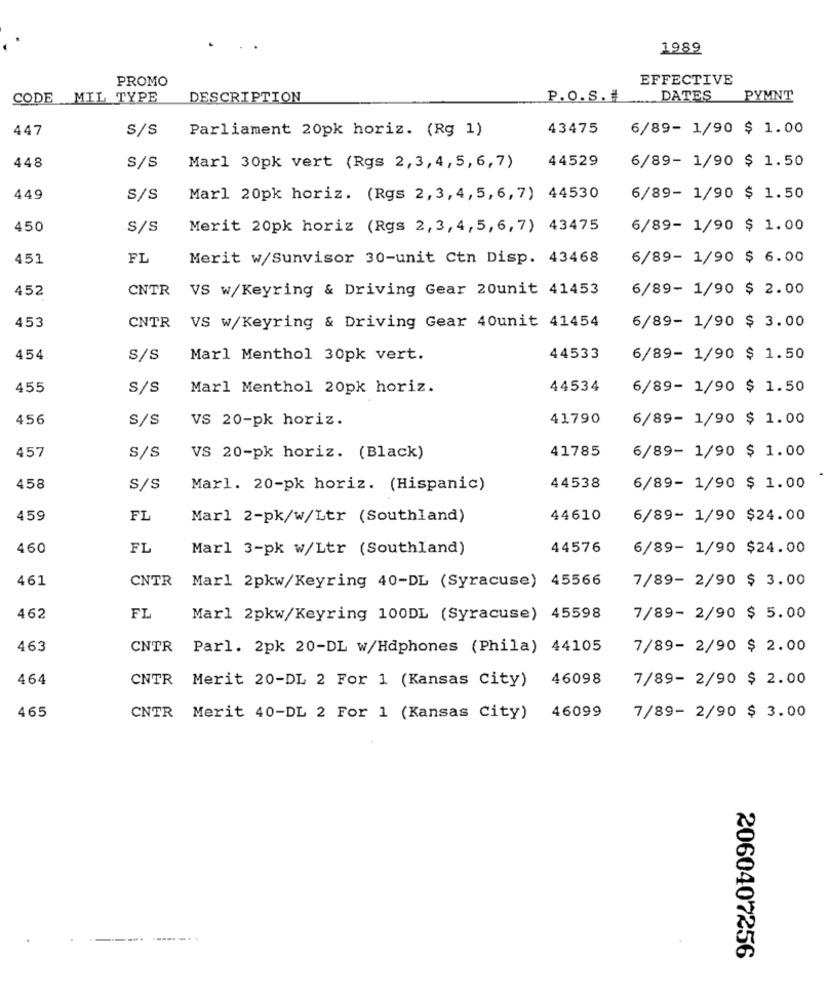
1989
PROMO
EFFECTIVE
CODE MIL TYPE
DESCRIPTION
P.O.s.#
DATES
PYMNT
447
S/S
Parliament 20pk horiz. (Rg 1)
43475
6/89- 1/90 $ 1.00
448
S/s
44529
6/89- 1/90 $ 1.50
Marl 30pk vert (Rgs 2,3,4, 5,6,7)
449
S/S
Marl 20pk horiz. (Rgs 2,3,4,5,6,7) 44530
6/89- 1/90 $ 1.50
450
S/s
Merit 20pk horiz (Rgs 2,3, 4, 5,6,7) 43475
6/89- 1/90 $ 1.00
451
FL
Merit w/Sunvisor 30-unit Ctn Disp. 43468
6/89- 1/90 $ 6.00
452
CNTR
VS w/Keyring & Driving Gear 20unit 41453
6/89- 1/90 $ 2.00
453
CNTR VS w/Keyring & Driving Gear 40unit 41454
6/89- 1/90 $ 3.00
454
S/s
Marl Menthol 30pk vert.
44533
6/89- 1/90 $ 1.50
455
S/s
Marl Menthol 20pk horiz.
44534
6/89- 1/90 $ 1.50
456
S/s
VS 20-pk horiz.
41790
6/89- 1/90 $ 1.00
41785
6/89- 1/90 $ 1.00
457
S/S
VS 20-pk horiz. (Black)
458
S/s
Marl. 20-pk horiz. (Hispanic)
44538
6/89- 1/90 $ 1.00
459
FL
Marl 2-pk/w/Ltr (Southland)
44610
6/89- 1/90 $24.00
460
FL
Marl 3-pk w/Ltr (Southland)
44576
6/89- 1/90 $24.00
461
CNTR
7/89- 2/90 $ 3.00
Marl 2pkw/Keyring 40-DL (Syracuse) 45566
FL
462
Marl 2pkw/Keyring 100DL (Syracuse) 45598
7/89- 2/90 $ 5.00
463
CNTR
Parl. 2pk 20-DL w/Hdphones (Phila) 44105
7/89- 2/90 $ 2.00
464
CNTR
Merit 20-DL 2 For 1 (Kansas City)
46098
7/89- 2/90 $ 2.00
465
CNTR Merit 40-DL 2 For 1 (Kansas City)
46099
7/89- 2/90 $ 3.00
2060407256